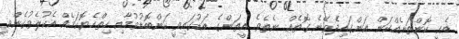
އެއީ ކޮންތަނެއްކަން އަންގައިދެވޭނެ ގޮތެއް ނެތެވެ. އީތަންގެ އަޑުގައިވީ ކަންބޮޑުވުމާއި ހިތްހެޔޮކަމެއް އެކުލެވުގެންވީ